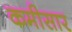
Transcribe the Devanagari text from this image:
कमीसार